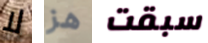
لا هز سبقت